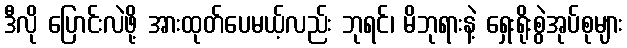
ဒီလို ပြောင်းလဲဖို့ အားထုတ်ပေမယ့်လည်း ဘုရင်၊ မိဘုရားနဲ့ ရှေးရိုးစွဲအုပ်စုများ